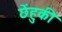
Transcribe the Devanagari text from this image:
छेंहुकी